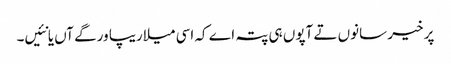
پر خیر سانوں تے آپوں ہی پتہ اے کہ اسی میلاریپا ورگے آں یا نئیں۔